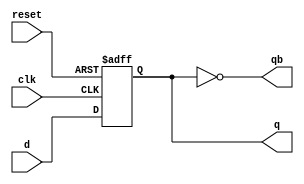
module dff5 (
  input  d    ,
  input  clk  ,
  input  reset,
  output q    ,
  output qb
);

  reg q;

  assign qb = ~q;

  always @(posedge clk or posedge reset)
    if (reset)
      q <= 1'b0; // Active low-reset
    else
      q <= d;

endmodule